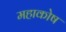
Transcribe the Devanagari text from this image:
महाकोष